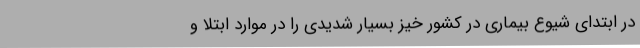
در ابتدای شیوع بیماری در کشور خیز بسیار شدیدی را در موارد ابتلا و